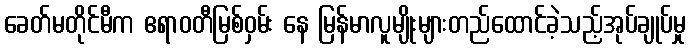
ခေတ်မတိုင်မီက ဧရာဝတီမြစ်ဝှမ်း နေ မြန်မာလူမျိုးများတည်ထောင်ခဲ့သည့်အုပ်ချုပ်မှု